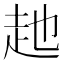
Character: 𧺏